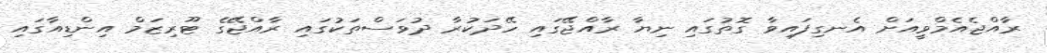
ރާއްޖެއެމްވީއަށް އެނގިފައިވާ ގޮތުގައި ނިޔާ ރާއްޖޭގައި ހޭދަކުރާ ދުވަސްތަކުގައި ރާއްޖޭގެ ޓޫރިޒަމް އިންޑިއާގައި